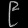
Digit: ၉